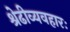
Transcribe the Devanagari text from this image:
श्रेढीव्यवहारः